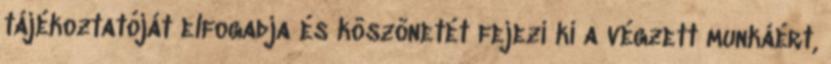
tájékoztatóját elfogadja és köszönetét fejezi ki a végzett munkáért,